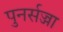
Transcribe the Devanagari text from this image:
पुनर्सज्जा